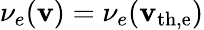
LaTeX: \nu_{e}(\mathbf{v})=\nu_{e}(\mathbf{v}_{\mathrm{{th,e}}})